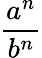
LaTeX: \frac{a^{n}}{b^{n}}